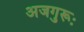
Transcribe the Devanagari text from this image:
अजगुरूः